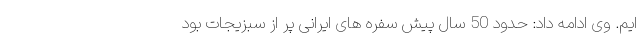
ایم. وی ادامه داد: حدود 50 سال پیش سفره های ایرانی پر از سبزیجات بود